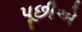
પૂછીએ